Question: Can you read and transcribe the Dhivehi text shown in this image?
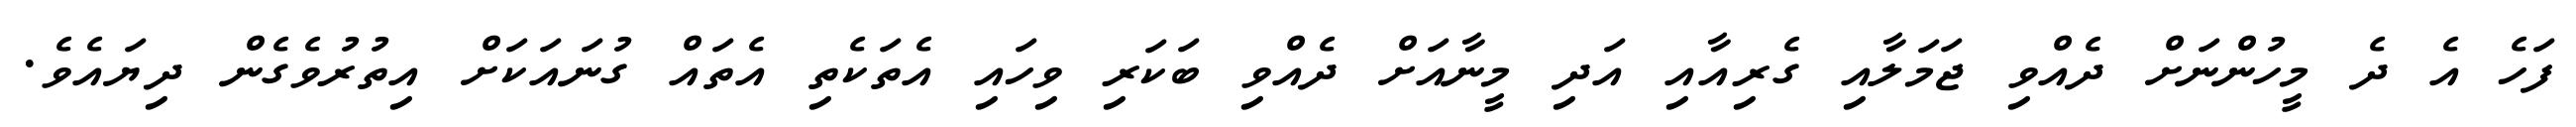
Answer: ފަހެ އެ ދެ މީހުންނަށް ދެއްވި ޖަމަލާއި ގެރިއާއި އަދި މީނާއަށް ދެއްވި ބަކަރި ވިހައި އެތަކެތި އެތައް ގުނައަކަށް އިތުރުވެގެން ދިޔައެވެ.